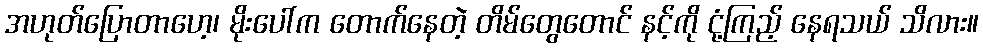
အဟုတ်ပြောတာဟေ့၊ မိုးပေါ်က တောက်နေတဲ့ တိမ်တွေတောင် နင့်ကို ငုံ့ကြည့် နေရသယ် သိလား။